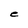
Character: e